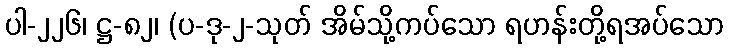
ပါ-၂၂၆၊ ဋ္ဌ-၈၂၊ (ပ-ဒု-၂-သုတ် အိမ်သို့ကပ်သော ရဟန်းတို့ရအပ်သော